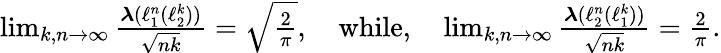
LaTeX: \begin{array}{r}{\operatorname*{lim}_{k,n\to\infty}\frac{\boldsymbol{\lambda}(\ell_{1}^{n}(\ell_{2}^{k}))}{\sqrt{nk}}=\sqrt{\frac{2}{\pi}},\quad\textrm{while,}\quad\operatorname*{lim}_{k,n\to\infty}\frac{\boldsymbol{\lambda}(\ell_{2}^{n}(\ell_{1}^{k}))}{\sqrt{nk}}=\frac{2}{\pi}.}\end{array}